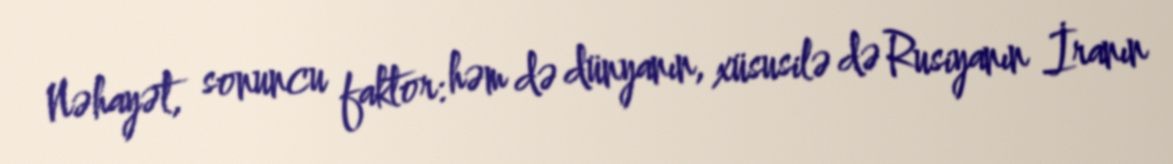
Nəhayət, sonuncu faktor: həm də dünyanın, xüsusilə də Rusiyanın İranın